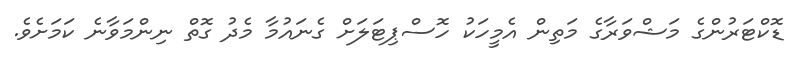
ޑޮކްޓަރުންގެ މަޝްވަރާގެ މަތިން އެމީހަކު ހޮސްޕިޓަލަށް ގެނައުމާ މެދު ގޮތް ނިންމަވާނެ ކަމަށެވެ.